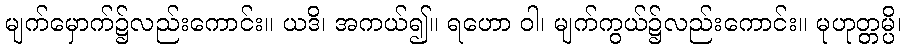
မျက်မှောက်၌လည်းကောင်း။ ယဒိ၊ အကယ်၍။ ရဟော ဝါ၊ မျက်ကွယ်၌လည်းကောင်း။ မုဟုတ္တမ္ပိ၊